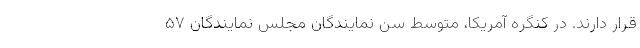
قرار دارند. در کنگره آمریکا، متوسط سن نمایندگان مجلس نمایندگان ۵۷